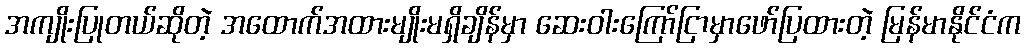
အကျိုးပြုတယ်ဆိုတဲ့ အထောက်အထားမျိုးမရှိချိန်မှာ ဆေးဝါးကြော်ငြာမှာဖော်ပြထားတဲ့ မြန်မာနိုင်ငံက